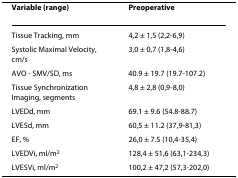
<table><thead><tr><td><b>Variable (range)</b></td><td><b>Preoperative</b></td></tr></thead><tbody><tr><td>Tissue Tracking, mm</td><td>4,2 ± 1,5 (2,2-6,9)</td></tr><tr><td>Systolic Maximal Velocity, cm/s</td><td>3,0 ± 0,7 (1,8-4,6)</td></tr><tr><td>AVO - SMV/SD, ms</td><td>40.9 ± 19.7 (19.7-107.2)</td></tr><tr><td>Tissue Synchronization Imaging, segments</td><td>4,8 ± 2,8 (0,9-8,0)</td></tr><tr><td>LVEDd, mm</td><td>69.1 ± 9.6 (54.8-88.7)</td></tr><tr><td>LVESd, mm</td><td>60,5 ± 11.2 (37,9-81,3)</td></tr><tr><td>EF, %</td><td>26,0 ± 7.5 (10,4-35,4)</td></tr><tr><td>LVEDVi, ml/m<sup>2</sup></td><td>128,4 ± 51,6 (63,1-234,3)</td></tr><tr><td>LVESVi, ml/m<sup>2</sup></td><td>100,2 ± 47,2 (57,3-202,0)</td></tr></tbody></table>